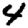
Digit: 4